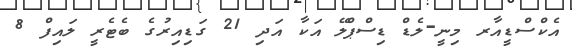
އެކްސްޑީއާރ މިނީ-ލެޑް ޑިސްޕްލޭ އަކާ އަދި 21 ގަޑިއިރުގެ ބެޓެރީ ލައިފް 8